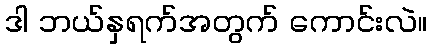
ဒါ ဘယ်နှရက်အတွက် ကောင်းလဲ။